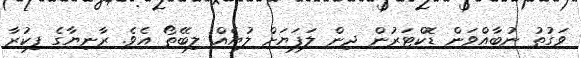
ވަގުތު ނުބާއްވަން ޑޮކްޓަރުން ދިން ލަފަޔަށް ލުޔެއް ލިބޭތޯ އެވެ. ރާނިޔާގެ ފިކުރާ